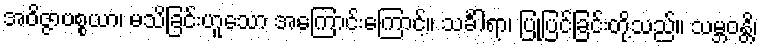
အဝိဇ္ဇာပစ္စယာ၊ မသိခြင်းဟူသော အကြောင်းကြောင့်။ သင်္ခါရာ၊ ပြုပြင်ခြင်းတို့သည်။ သမ္ဘဝန္တိ၊